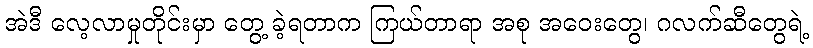
အဲဒီ လေ့လာမှုတိုင်းမှာ တွေ့ ခဲ့ရတာက ကြယ်တာရာ အစု အဝေးတွေ၊ ဂလက်ဆီတွေရဲ့